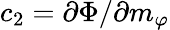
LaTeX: c_{2}=\partial\Phi/\partial m_{\varphi}